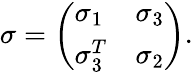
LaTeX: \sigma=\left(\begin{array}{ll}{\sigma_{1}}&{\sigma_{3}}\\ {\sigma_{3}^{T}}&{\sigma_{2}}\end{array}\right).